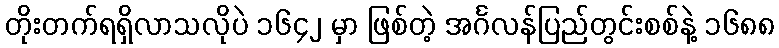
တိုးတက်ရရှိလာသလိုပဲ ၁၆၄၂ မှာ ဖြစ်တဲ့ အင်္ဂလန်ပြည်တွင်းစစ်နဲ့ ၁၆၈၈